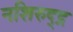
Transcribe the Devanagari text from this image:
नशिरुद्द्न